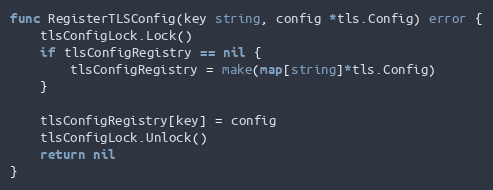
Language: Go
func RegisterTLSConfig(key string, config *tls.Config) error {
	tlsConfigLock.Lock()
	if tlsConfigRegistry == nil {
		tlsConfigRegistry = make(map[string]*tls.Config)
	}

	tlsConfigRegistry[key] = config
	tlsConfigLock.Unlock()
	return nil
}